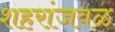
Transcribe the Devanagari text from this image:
शहरांजवळ